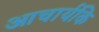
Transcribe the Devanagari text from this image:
आचार्यकि